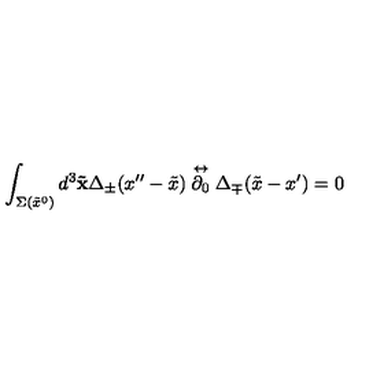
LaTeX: \int _ { \Sigma ( \tilde { x } ^ { 0 } ) } d ^ { 3 } { \bf \tilde { x } } \Delta _ { \pm } ( x ^ { \prime \prime } - \tilde { x } ) \stackrel { \leftrightarrow } { \partial _ { 0 } } \Delta _ { \mp } ( \tilde { x } - x ^ { \prime } ) = 0